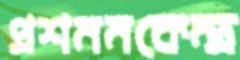
প্রশমনকেন্দ্র